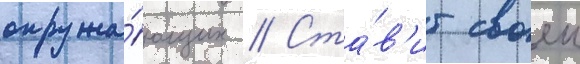
окружа́ющих // Ста́в'ит своеи